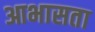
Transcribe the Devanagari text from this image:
आभासता